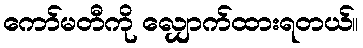
ကော်မတီကို လျှောက်ထားရတယ်။